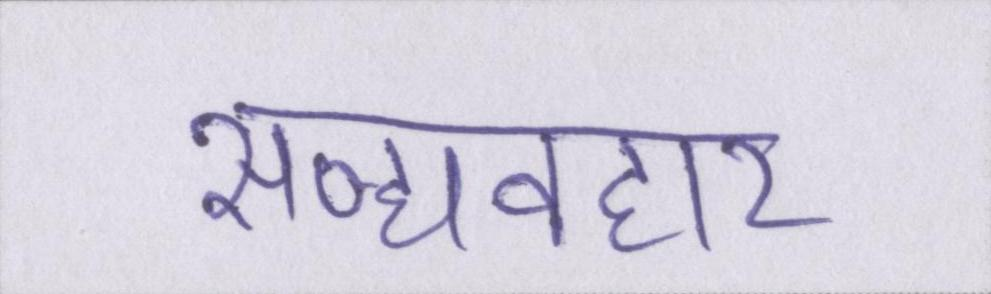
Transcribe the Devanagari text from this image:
सद्व्यवहार